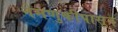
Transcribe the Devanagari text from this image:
नेमणुकीपासून